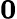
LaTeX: \mathbf{0}